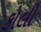
કોલી